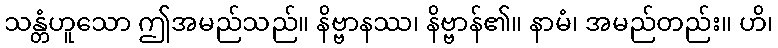
သန္တံဟူသော ဤအမည်သည်။ နိဗ္ဗာနဿ၊ နိဗ္ဗာန်၏။ နာမံ၊ အမည်တည်း။ ဟိ၊